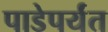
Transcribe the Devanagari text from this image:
पाडेपर्यंत